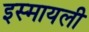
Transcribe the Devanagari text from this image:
इस्मायली